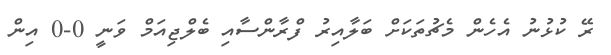
ރޭ ކުޅުނު އެހެން މެޗުތަކަށް ބަލާއިރު ފްރާންސާއި ބެލްޖިއަމް ވަނީ 0-0 އިން